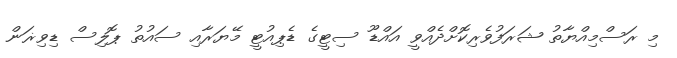
މި ރަސްމިއްޔާތު ޝަރަފުވެރިކޮށްދެއްވީ އައްޑޫ ސިޓީގެ ޑެޕިއުޓީ މޭޔަރާއި ސައުތު ޕޮލިސް ޑިވިޜަން